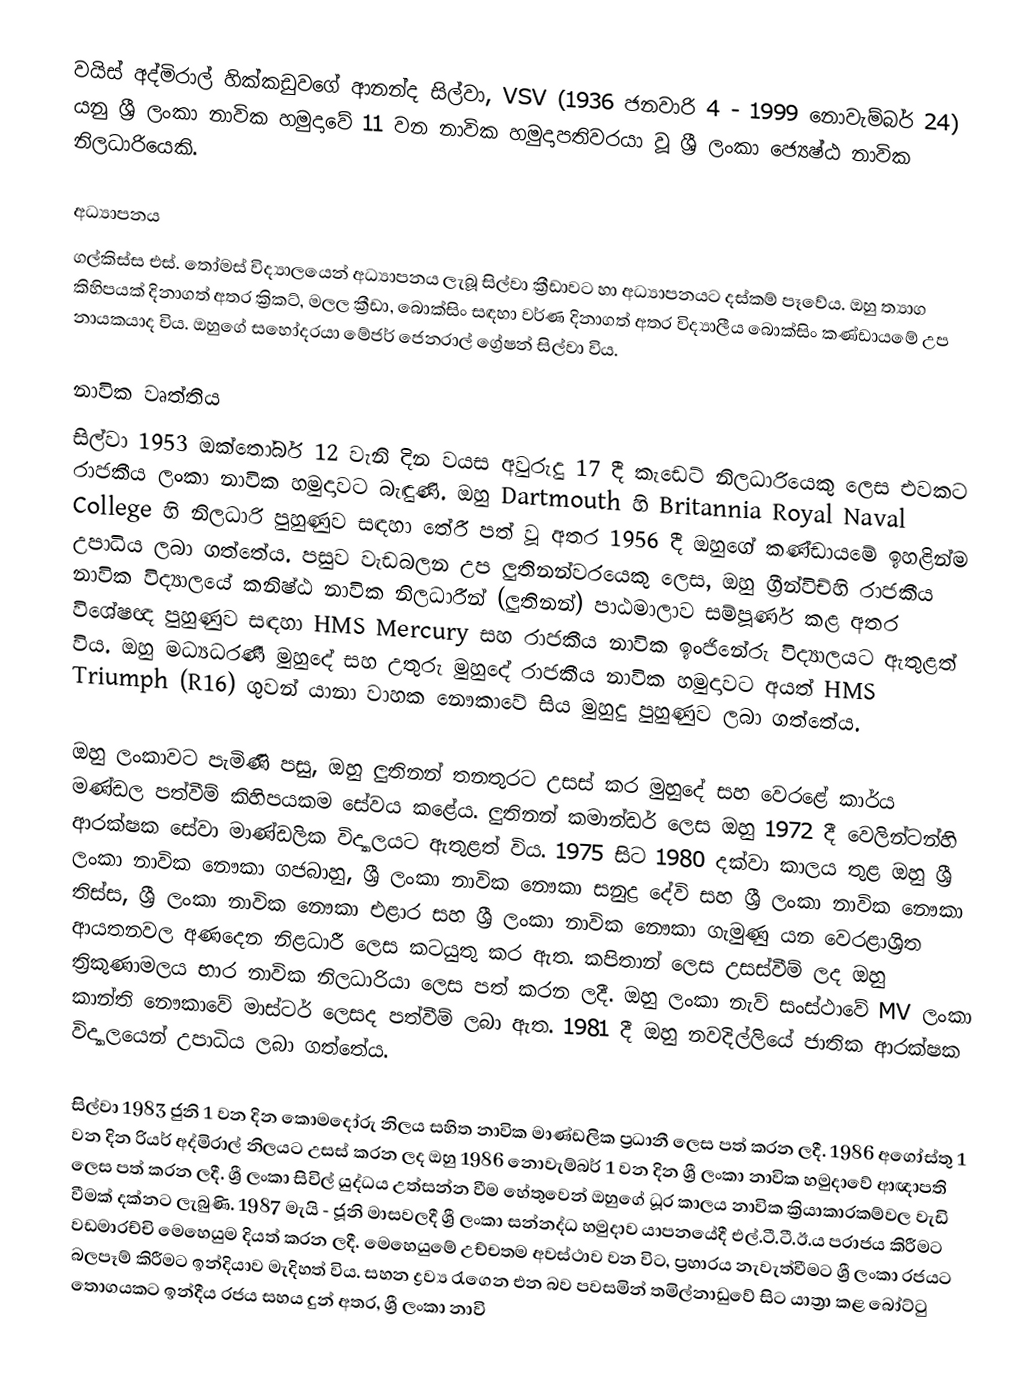
වයිස් අද්මිරාල් හික්කඩුවගේ ආනන්ද සිල්වා, VSV (1936 ජනවාරි 4 - 1999 නොවැම්බර් 24) යනු ශ්‍රී ලංකා නාවික හමුදාවේ 11 වන නාවික හමුදාපතිවරයා වූ ශ්‍රී ලංකා ජ්‍යෙෂ්ඨ නාවික නිලධාරියෙකි.

අධ්‍යාපනය
ගල්කිස්ස එස්. තෝමස් විද්‍යාලයෙන් අධ්‍යාපනය ලැබූ සිල්වා ක්‍රීඩාවට හා අධ්‍යාපනයට දස්කම් පෑවේය. ඔහු ත්‍යාග කිහිපයක් දිනාගත් අතර ක්‍රිකට්, මලල ක්‍රීඩා, බොක්සිං සඳහා වර්ණ දිනාගත් අතර විද්‍යාලීය බොක්සිං කණ්ඩායමේ උප නායකයාද විය. ඔහුගේ සහෝදරයා මේජර් ජෙනරාල් ග්‍රේෂන් සිල්වා විය.

නාවික වෘත්තිය
සිල්වා 1953 ඔක්තෝබර් 12 වැනි දින වයස අවුරුදු 17 දී කැඩෙට් නිලධාරියෙකු ලෙස එවකට රාජකීය ලංකා නාවික හමුදාවට බැඳුණි. ඔහු Dartmouth හි Britannia Royal Naval College හි නිලධාරි පුහුණුව සඳහා තේරී පත් වූ අතර 1956 දී ඔහුගේ කණ්ඩායමේ ඉහළින්ම උපාධිය ලබා ගත්තේය. පසුව වැඩබලන උප ලුතිනන්වරයෙකු ලෙස, ඔහු ග්‍රීන්විච්හි රාජකීය නාවික විද්‍යාලයේ කනිෂ්ඨ නාවික නිලධාරීන් (ලුතිනන්) පාඨමාලාව සම්පූර්ණ කළ අතර විශේෂඥ පුහුණුව සඳහා HMS Mercury සහ රාජකීය නාවික ඉංජිනේරු විද්‍යාලයට ඇතුළත් විය. ඔහු මධ්‍යධරණී මුහුදේ සහ උතුරු මුහුදේ රාජකීය නාවික හමුදාවට අයත් HMS Triumph (R16) ගුවන් යානා වාහක නෞකාවේ සිය මුහුදු පුහුණුව ලබා ගත්තේය.

ඔහු ලංකාවට පැමිණි පසු, ඔහු ලුතිනන් තනතුරට උසස් කර මුහුදේ සහ වෙරළේ කාර්ය මණ්ඩල පත්වීම් කිහිපයකම සේවය කළේය. ලුතිනන් කමාන්ඩර් ලෙස ඔහු 1972 දී වෙලින්ටන්හි ආරක්ෂක සේවා මාණ්ඩලික විද්‍යාලයට ඇතුළත් විය. 1975 සිට 1980 දක්වා කාලය තුළ ඔහු ශ්‍රී ලංකා නාවික නෞකා ගජබාහු, ශ්‍රී ලංකා නාවික නෞකා සනුද්‍ර දේවි සහ ශ්‍රී ලංකා නාවික නෞකා තිස්ස, ශ්‍රී ලංකා නාවික නෞකා එළාර සහ ශ්‍රී ලංකා නාවික නෞකා ගැමුණු යන වෙරළාශ්‍රිත ආයතනවල අණදෙන නිළධාරී ලෙස කටයුතු කර ඇත. කපිතාන් ලෙස උසස්වීම් ලද ඔහු ත්‍රිකුණාමලය භාර නාවික නිලධාරියා ලෙස පත් කරන ලදී. ඔහු ලංකා නැව් සංස්ථාවේ MV ලංකා කාන්ති නෞකාවේ මාස්ටර් ලෙසද පත්වීම් ලබා ඇත. 1981 දී ඔහු නවදිල්ලියේ ජාතික ආරක්ෂක විද්‍යාලයෙන් උපාධිය ලබා ගත්තේය.

සිල්වා 1983 ජුනි 1 වන දින කොමදෝරු නිලය සහිත නාවික මාණ්ඩලික ප්‍රධානී ලෙස පත් කරන ලදී. 1986 අගෝස්තු 1 වන දින රියර් අද්මිරාල් නිලයට උසස් කරන ලද ඔහු 1986 නොවැම්බර් 1 වන දින ශ්‍රී ලංකා නාවික හමුදාවේ ආඥාපති ලෙස පත් කරන ලදී. ශ්‍රී ලංකා සිවිල් යුද්ධය උත්සන්න වීම හේතුවෙන් ඔහුගේ ධූර කාලය නාවික ක්‍රියාකාරකම්වල වැඩි වීමක් දක්නට ලැබුණි. 1987 මැයි - ජූනි මාසවලදී ශ්‍රී ලංකා සන්නද්ධ හමුදාව යාපනයේදී එල්.ටී.ටී.ඊ.ය පරාජය කිරීමට වඩමාරච්චි මෙහෙයුම දියත් කරන ලදී. මෙහෙයුමේ උච්චතම අවස්ථාව වන විට, ප්‍රහාරය නැවැත්වීමට ශ්‍රී ලංකා රජයට බලපෑම් කිරීමට ඉන්දියාව මැදිහත් විය. සහන ද්‍රව්‍ය රැගෙන එන බව පවසමින් තමිල්නාඩුවේ සිට යාත්‍රා කළ බෝට්ටු තොගයකට ඉන්දීය රජය සහය දුන් අතර, ශ්‍රී ලංකා නාවි